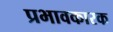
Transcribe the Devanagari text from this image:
प्रभावकारक